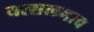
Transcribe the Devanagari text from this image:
वत्सलभाव